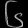
Digit: ၆